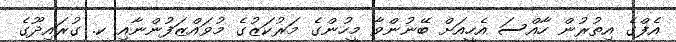
އެފްގެ އިތުރުން ހާއްސަ އެހީއަށް ބޭނުންވާ މީހުންގެ މަރުކަޒުގެ މުވައްޒަފުންނާއި ކ. ގުރައިދޫގެ